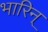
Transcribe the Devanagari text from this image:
भारिन्‌